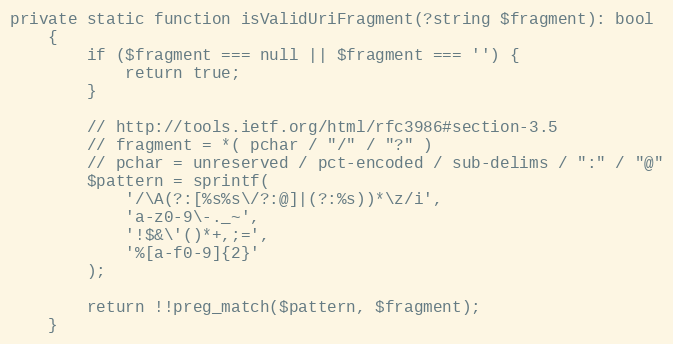
Language: PHP
private static function isValidUriFragment(?string $fragment): bool
    {
        if ($fragment === null || $fragment === '') {
            return true;
        }

        // http://tools.ietf.org/html/rfc3986#section-3.5
        // fragment = *( pchar / "/" / "?" )
        // pchar = unreserved / pct-encoded / sub-delims / ":" / "@"
        $pattern = sprintf(
            '/\A(?:[%s%s\/?:@]|(?:%s))*\z/i',
            'a-z0-9\-._~',
            '!$&\'()*+,;=',
            '%[a-f0-9]{2}'
        );

        return !!preg_match($pattern, $fragment);
    }